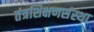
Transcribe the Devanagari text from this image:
तंत्रशिक्षणसंस्था